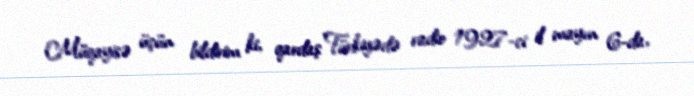
Müqayisə üçün bildirim ki, qardaş Türkiyədə radio 1927-ci il mayın 6-da,